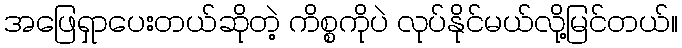
အဖြေရှာပေးတယ်ဆိုတဲ့ ကိစ္စကိုပဲ လုပ်နိုင်မယ်လို့မြင်တယ်။